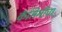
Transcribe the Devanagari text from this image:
कॅसिनीचा